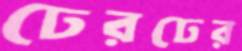
ঢেরঢের